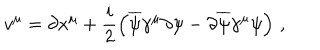
v ^ { \mu } = \partial x ^ { \mu } + \frac { i } { 2 } \left( \overline { { { \psi } } } \gamma ^ { \mu } \partial \psi - \partial \overline { { { \psi } } } \gamma ^ { \mu } \psi \right) \, ,